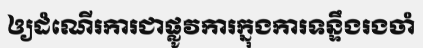
ឲ្យដំណើរការជាផ្លូវការក្នុងការទន្ទឹងរងចាំ